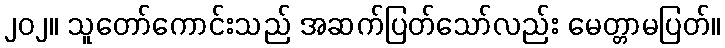
၂၀၂။ သူတော်ကောင်းသည် အဆက်ပြတ်သော်လည်း မေတ္တာမပြတ်။